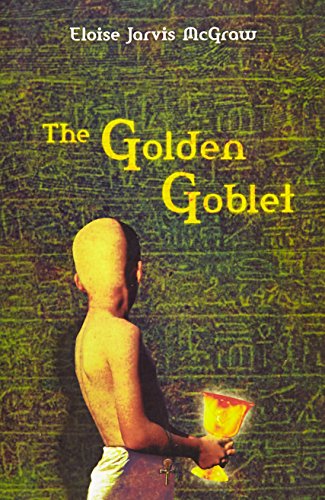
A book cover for The Golden Goblet (Newbery Library, Puffin); Eloise Jarvis McGraw; Children's Books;